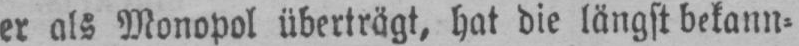
er als Monopol überträgt, hat die längst bekann⸗